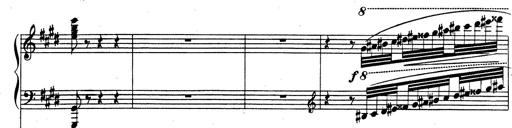
Title: Rhapsodie espagnole
Composer: Franz Liszt